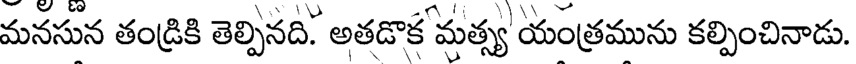
మనసున తండ్రికి తెల్పినది. అతడొక మత్స్య యంత్రమును కల్పించినాడు.